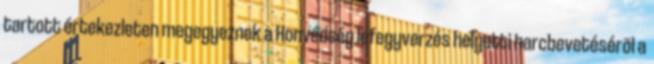
tartott értekezleten megegyeznek a Honvédség lefegyverzés helyetti harcbevetésérõl a